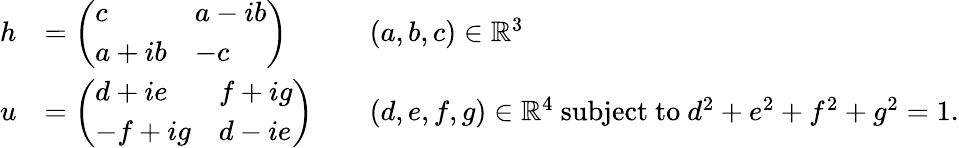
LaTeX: {\begin{array}{rlrl}{h}&{={\left(\begin{array}{ll}{c}&{a-ib}\\ {a+ib}&{-c}\end{array}\right)}}&&{(a,b,c)\in\mathbb{R}^{3}}\\ {u}&{={\left(\begin{array}{ll}{d+ie}&{f+ig}\\ {-f+ig}&{d-ie}\end{array}\right)}}&&{(d,e,f,g)\in\mathbb{R}^{4}{\mathrm{~subject~to~}}d^{2}+e^{2}+f^{2}+g^{2}=1.}\end{array}}